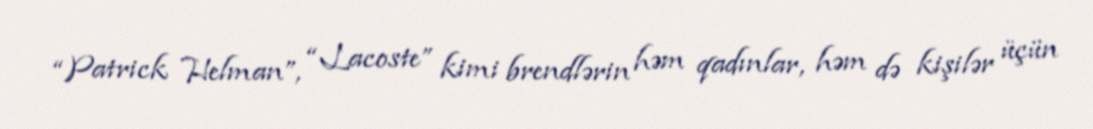
“Patrick Helman”, “Lacoste” kimi brendlərin həm qadınlar, həm də kişilər üçün